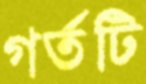
গর্তটি